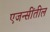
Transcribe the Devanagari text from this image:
एजन्सींतील